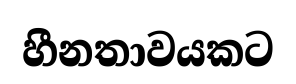
හීනතාවයකට